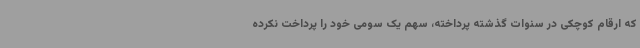
که ارقام کوچکی در سنوات گذشته پرداخته، سهم یک سومی خود را پرداخت نکرده